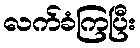
လက်ခံကြပြီး